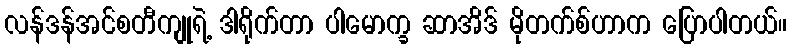
လန်ဒန်အင်စတီကျုရဲ့ ဒါရိုက်တာ ပါမောက္ခ ဆာအိဒ် မိုတက်စ်ဟာက ပြောပါတယ်။